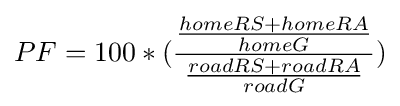
PF=100*({{homeRS+homeRA \over homeG} \over {roadRS+roadRA \over roadG}})